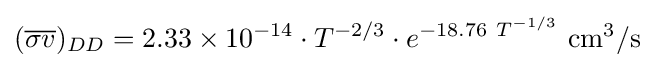
({\overline {\sigma v}})_{DD}=2.33\times 10^{-14}\cdot T^{-2/3}\cdot e^{-18.76\ T^{-1/3}}\mathrm {~{cm}^{3}/s}